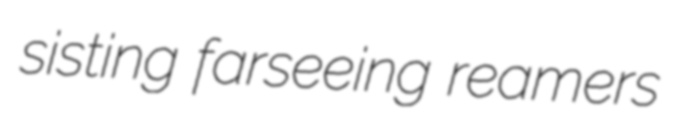
sisting farseeing reamers